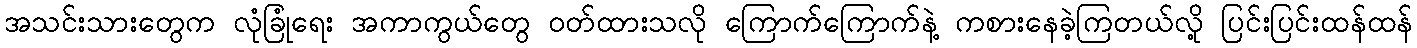
အသင်းသားတွေက လုံခြုံရေး အကာကွယ်တွေ ဝတ်ထားသလို ကြောက်ကြောက်နဲ့ ကစားနေခဲ့ကြတယ်လို့ ပြင်းပြင်းထန်ထန်